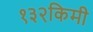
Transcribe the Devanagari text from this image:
१३२किमी